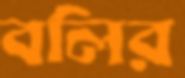
বলির